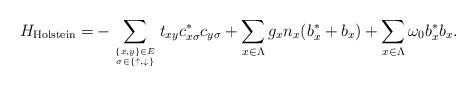
LaTeX: \begin{align*}H_{\mathrm{Holstein}}=&-\sum_{\{x,y\}\in E\atop{ \sigma\in \{\uparrow, \downarrow\}}}t_{xy} c_{x\sigma}^*c_{y\sigma}+\sum_{x\in \Lambda}g_x n_{x}(b_x^*+b_x)+\sum_{x\in \Lambda} \omega_0b_x^*b_x. \end{align*}